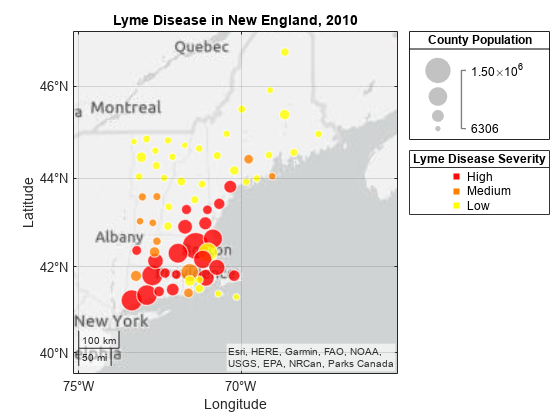
matlab, geobubble